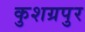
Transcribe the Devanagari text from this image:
कुशग्रपुर